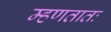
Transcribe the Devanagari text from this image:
म्हणतातः